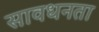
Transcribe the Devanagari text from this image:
सावधनता